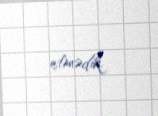
etmədik.